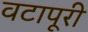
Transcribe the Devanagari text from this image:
वटापूरी